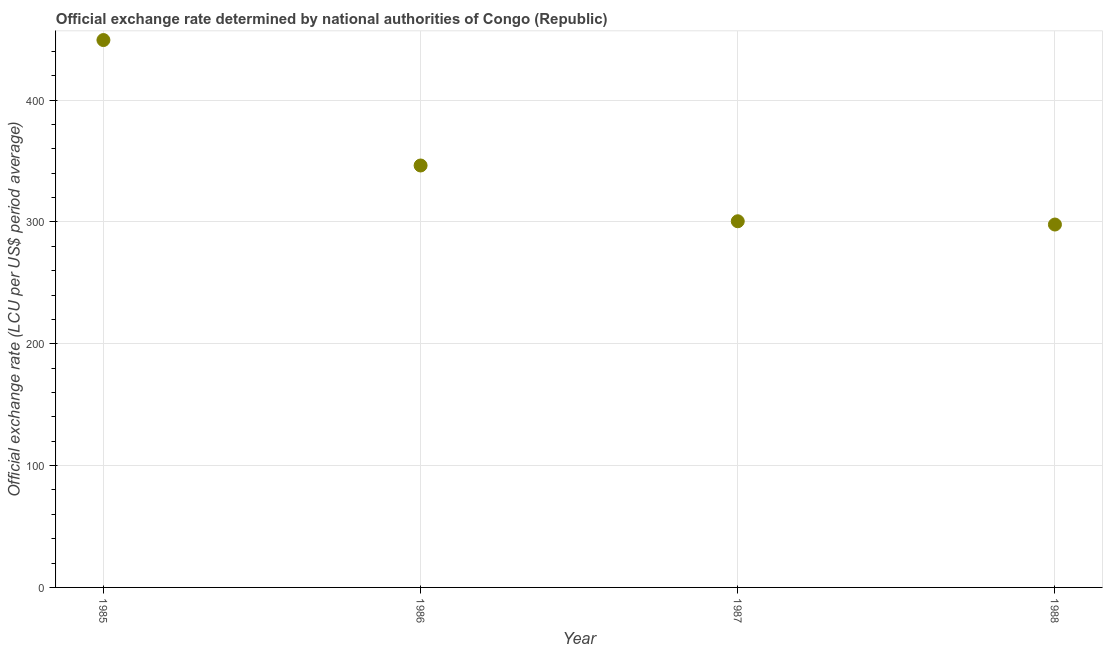
| Year | Official exchange rate |
 | --- | --- |
 | 1985 | 449 |
 | 1986 | 346 |
 | 1987 | 301 |
 | 1988 | 298 |